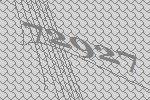
72927